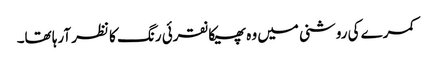
کمرے کی روشنی میں وہ پھیکا نقرئی رنگ کا نظر آرہا تھا۔